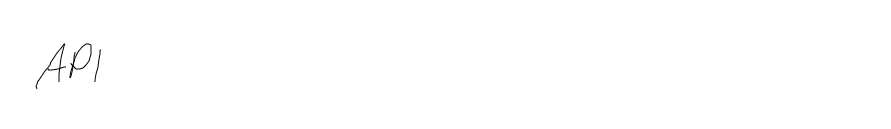
API